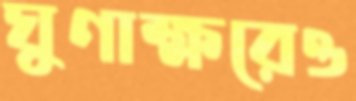
ঘুণাক্ষরেও